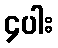
၄ပါး